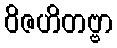
ဝိဇဟိတဗ္ဗာ